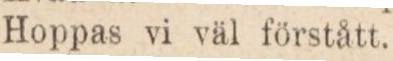
Hoppas vi väl förstått.